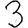
Digit: 3